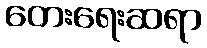
တေးရေးဆရာ